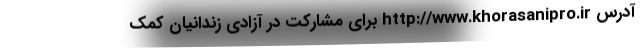
آدرس http://www.khorasanipro.ir برای مشارکت در آزادی زندانیان کمک